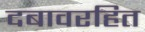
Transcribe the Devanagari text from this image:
दबावरहित